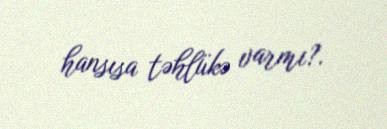
hansısa təhlükə varmı?.